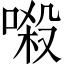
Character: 𠺽